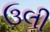
ઉલી